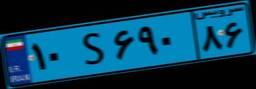
۵۷S۹۲۹۳۳